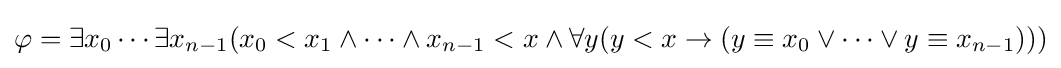
\varphi =\exists x_{0}\cdots \exists x_{n-1}(x_{0}<x_{1}\land \cdots \land x_{n-1}<x\land \forall y(y<x\rightarrow (y\equiv x_{0}\lor \cdots \lor y\equiv x_{n-1})))